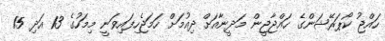
ހައްޖު ކޯޕަރޭޝަންގެ ހައްޖާޖީން މަދީނާއަށް ދިއުމަށް ހަމަޖެހިފައިވަނީ މިމަހުގެ 13 އަދި 15